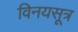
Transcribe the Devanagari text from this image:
विनयसूत्र